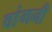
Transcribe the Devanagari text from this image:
वांगनी